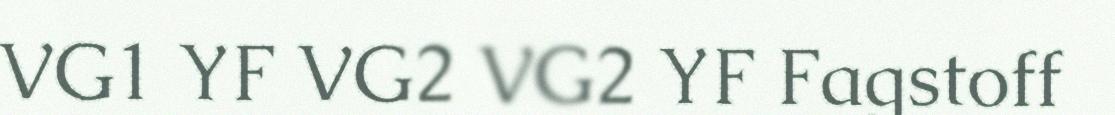
VG1 YF VG2 VG2 YF Fagstoff